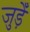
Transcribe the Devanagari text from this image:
जुड़ेँ